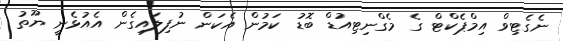
ނެގެޓިވް އިމްޕެކްޓް ގެ މެގްނިޓިއުޑް ބޮޑު ކަމުން އެކަން ނުފިލައިގެން އެއުޅެނީ ޔޫތު